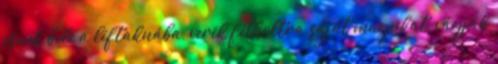
esnek bele a liftaknába, verik félholtra saját magukat, vágják